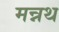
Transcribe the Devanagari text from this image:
मन्नथ